Vaccination United Provinces of Agra and Oudh 1914-1922 - 1914-1922
Year: 1914
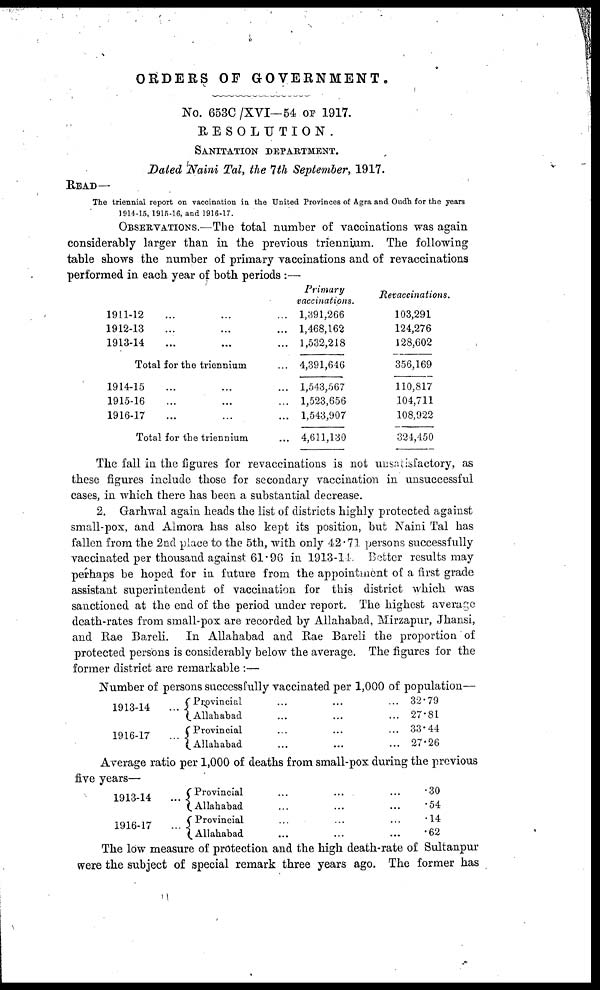
ORDERS OF GOVERNMENT.
No. 653C /XVI—54 OF 1917.
RESOLUTION.
SANITATION DEPARTMENT.
Dated Naini Tal, the 7th September, 1917.
READ—
The triennial report on vaccination in the United Provinces of Agra and Oudh for the years
1914-15, 1915-16, and 1916-17.
OBSERVATIONS.—The total number of vaccinations was again
considerably larger than in the previous triennium. The following
table shows the number of primary vaccinations and of revaccinations
performed in each year of both periods :—
1911-12 ... ... ...
1912-13 ... ... ...
1913-14 ... ... ...
Total for the triennium ...
1914-15 ... ... ...
1915-16 ... ... ...
1916-17 ... ... ...
Total for the triennium ...
Primary
vaccinations.
1,391,266
1,468,162
1,532,218
4,391,646
1,543,567
1,523,656
1,543,907
4,611,130
Revaccinations.
103,291
124,276
128,602
356,169
110,817
104,711
108,922
324,450
The fall in the figures for revaccinations is not unsatisfactory, as
these figures include those for secondary vaccination in unsuccessful
cases, in which there has been a substantial decrease.
2. Garhwal again heads the list of districts highly protected against
small-pox, and Almora has also kept its position, but Naini Tal has
fallen from the 2nd place to the 5th, with only 42.71 persons successfully
vaccinated per thousand against 61.96 in 1913-14. Better results may
perhaps be hoped for in future from the appointment of a first grade
assistant superintendent of vaccination for this district which was
sanctioned at the end of the period under report. The highest average
death-rates from small-pox are recorded by Allahabad, Mirzapur, Jhansi,
and Rae Bareli. In Allahabad and Rae Bareli the proportion of
protected persons is considerably below the average. The figures for the
former district are remarkable :—
1913-14 ...
1916-17 ...
Provincial ... ... ...
Allahabad ... ... ...
Provincial ... ... ...
Allahabad ... ... ...
32.79
27.81
33.44
27.26
Average ratio per 1,000 of deaths from small-pox during the previous
five years—
1913-14 ...
1916-17 ...
Provincial
...
... ...
Allahabad ... ... ...
Provincial ... ... ...
Allahabad ... ... ...
.30
.54
.14
.62
The low measure of protection and the high death-rate of Sultanpur
were the subject of special remark three years ago. The former has